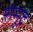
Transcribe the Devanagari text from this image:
संमुद्र